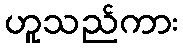
ဟူသည်ကား